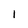
Character: I